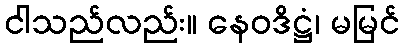
ငါသည်လည်း။ နေဝဒိဋ္ဌံ၊ မမြင်